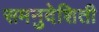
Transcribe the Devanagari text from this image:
समनुदेशिती